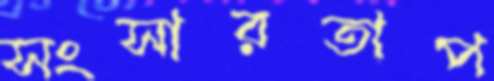
সংসারতাপ